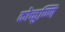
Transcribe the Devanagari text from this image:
कोच्चुण्णि